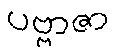
ပဗ္ဗာဇာ